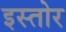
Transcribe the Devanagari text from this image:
इस्तोर